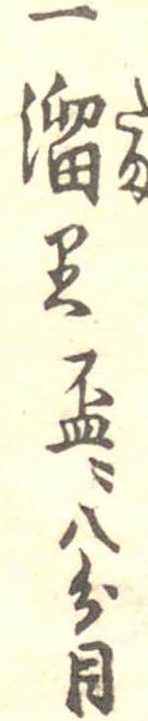
一溜り杯に八分目